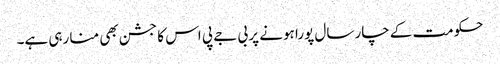
حکومت کے چار سال پورا ہونے پر بی جے پی اس کا جشن بھی منا رہی ہے۔